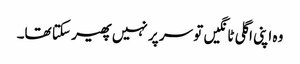
وہ اپنی اگلی ٹانگیں تو سر پر نہیں پھیر سکتا تھا۔